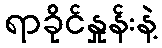
ရာခိုင်နှုန်းနဲ့